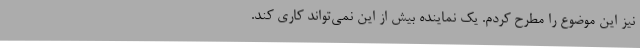
نیز این موضوع را مطرح کردم. یک نماینده بیش از این نمی‌تواند کاری کند.